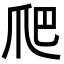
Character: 爬